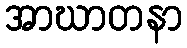
အာဃာတနာ